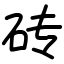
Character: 砖